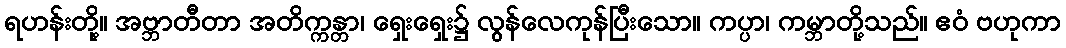
ရဟန်းတို့။ အဗ္ဘာတီတာ အတိက္ကန္တာ၊ ရှေးရှေး၌ လွန်လေကုန်ပြီးသော။ ကပ္ပာ၊ ကမ္ဘာတို့သည်။ ဧဝံ ဗဟုကာ